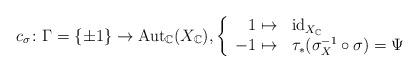
LaTeX: \begin{align*}c_\sigma\colon\Gamma=\{\pm 1\} \to \mathrm{Aut}_{\mathbb{C}}(X_{\mathbb{C}}), \left\{ \begin{array}{rl} 1\mapsto & \mathrm{id}_{X_{\mathbb{C}}} \\ -1 \mapsto & \tau_*(\sigma_X^{-1}\circ \sigma)=\Psi \end{array} \right. \end{align*}